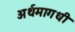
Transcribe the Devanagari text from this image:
अर्थमागधी